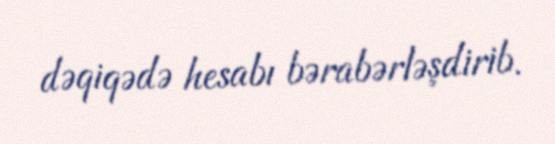
dəqiqədə hesabı bərabərləşdirib.